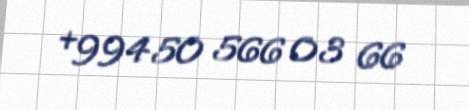
+994 50 566 03 66